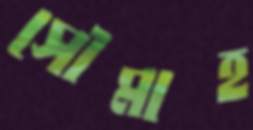
সৌমাহ